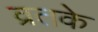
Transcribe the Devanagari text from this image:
व्रतके